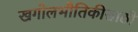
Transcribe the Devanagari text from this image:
खगोलभौतिकीसाठी